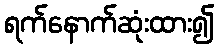
ရက်နောက်ဆုံးထား၍